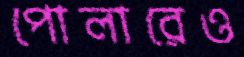
পোলারেও